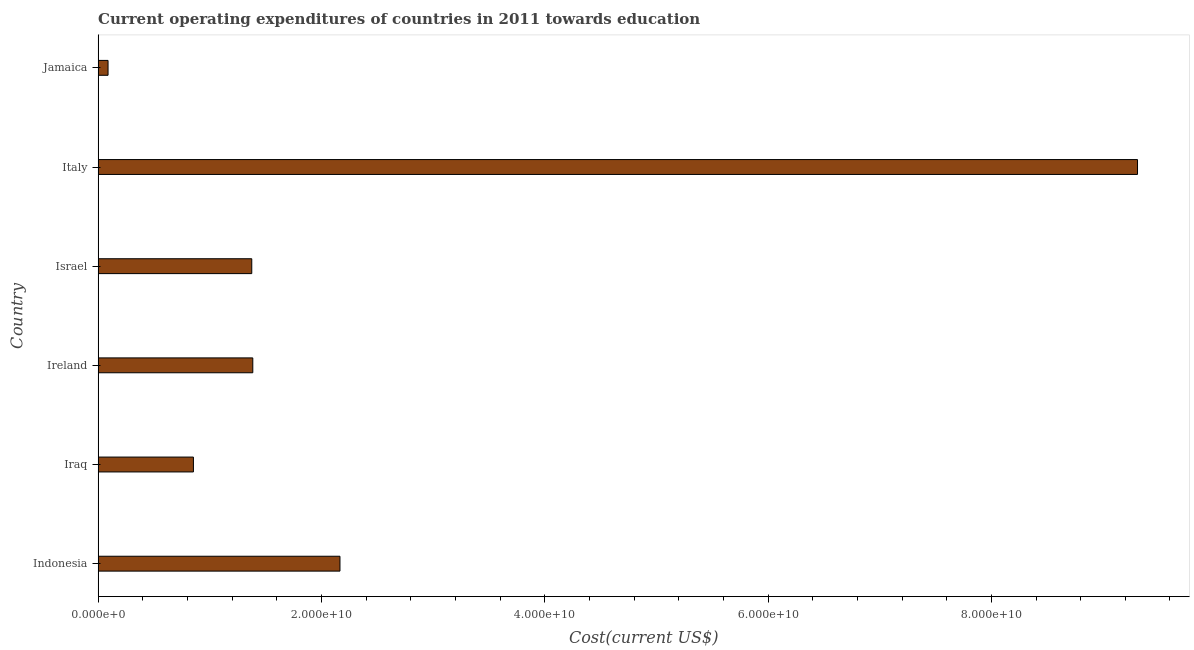
| Country | Education expenditure |
 | --- | --- |
 | Indonesia | 2.17e+10 |
 | Iraq | 8.54e+09 |
 | Ireland | 1.39e+10 |
 | Israel | 1.38e+10 |
 | Italy | 9.31e+10 |
 | Jamaica | 8.89e+08 |